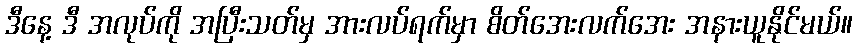
ဒီနေ့ ဒီ အလုပ်ကို အပြီးသတ်မှ အားလပ်ရက်မှာ စိတ်အေးလက်အေး အနားယူနိုင်မယ်။